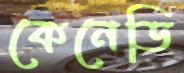
কেনেডি